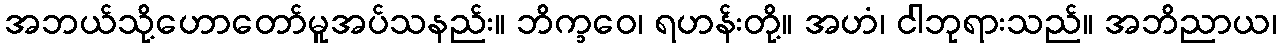
အဘယ်သို့ဟောတော်မူအပ်သနည်း။ ဘိက္ခဝေ၊ ရဟန်းတို့။ အဟံ၊ ငါဘုရားသည်။ အဘိညာယ၊